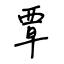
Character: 覃